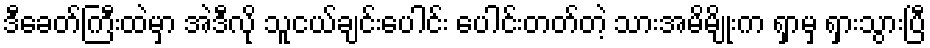
ဒီခေတ်ကြီးထဲမှာ အဲဒီလို သူငယ်ချင်းပေါင်း ပေါင်းတတ်တဲ့ သားအမိမျိုးက ရှာမှ ရှားသွားပြီ